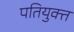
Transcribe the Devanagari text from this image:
पतियुक्त